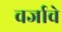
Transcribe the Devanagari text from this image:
वर्जावे